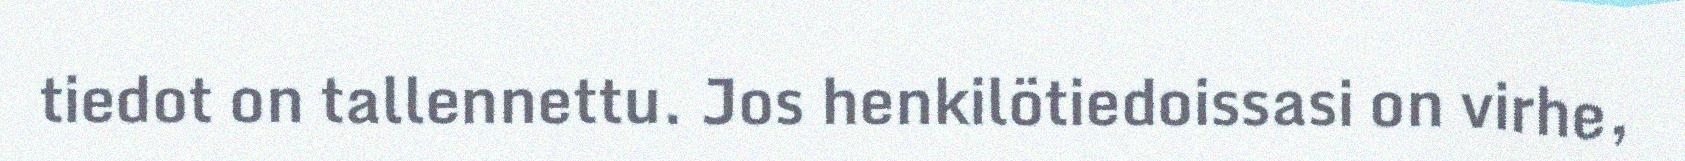
tiedot on tallennettu. Jos henkilötiedoissasi on virhe,